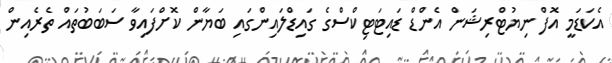
އެކަޑަމީ އޮފް ނިޔުޓްރިޝަން އެންޑް ޑައިޓަޓިކްސްގެ ގައިޑްލައިންގައި ބަޔާން ކޮށްފައިވާ ސަބަބުތައް ތެރެއިން